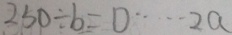
2 5 0 \div b = \square \cdots 2 a